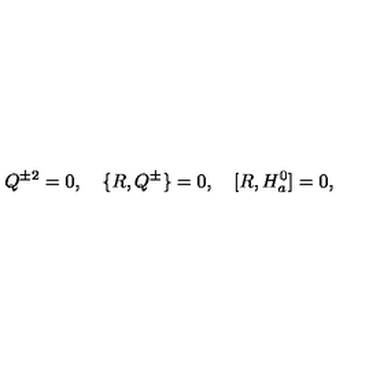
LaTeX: Q ^ { \pm 2 } = 0 , \quad \{ R , Q ^ { \pm } \} = 0 , \quad [ R , H _ { a } ^ { 0 } ] = 0 ,